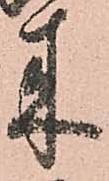
来